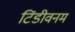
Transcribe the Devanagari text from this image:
टिंडीवनम